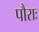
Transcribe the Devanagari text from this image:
पौराः